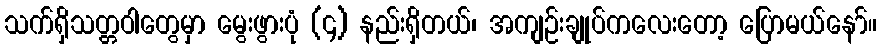
သက်ရှိသတ္တဝါတွေမှာ မွေးဖွားပုံ (၄) နည်းရှိတယ်၊ အကျဉ်းချုပ်ကလေးတော့ ပြောမယ်နော်။